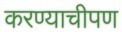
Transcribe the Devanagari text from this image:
करण्याचीपण